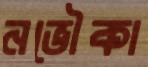
নভৌকা